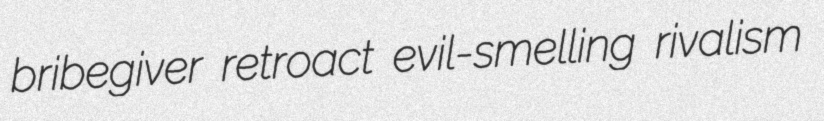
bribegiver retroact evil-smelling rivalism